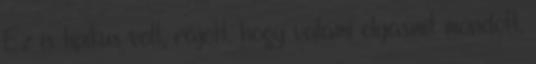
Ez is tipikus volt, rájött, hogy valami olyasmit mondott,